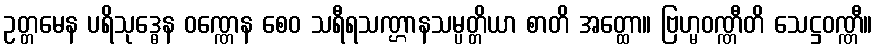
ဥတ္တမေန ပရိသုဒ္ဓေန ဝဏ္ဏေန စေဝ သရီရသဏ္ဌာနသမ္ပတ္တိယာ စာတိ အတ္ထော။ ဗြဟ္မဝဏ္ဏီတိ သေဋ္ဌဝဏ္ဏီ။